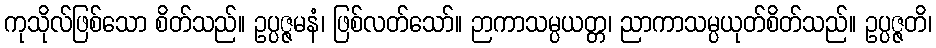
ကုသိုလ်ဖြစ်သော စိတ်သည်။ ဥပ္ပဇ္ဇမနံ၊ ဖြစ်လတ်သော်။ ဉာကာသမ္ပယတ္တ၊ ညာကာသမ္ပယုတ်စိတ်သည်။ ဥပ္ပဇ္ဇတိ၊